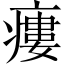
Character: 瘻